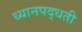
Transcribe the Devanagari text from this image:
ध्यानपद्धती